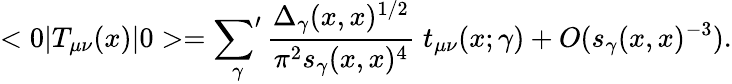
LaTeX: <0|T_{\mu\nu}(x)|0>=\mathop{{\sum}^{\prime}}_{\gamma}{\frac{\Delta_{\gamma}(x,x)^{1/2}}{\pi^{2}s_{\gamma}(x,x)^{4}}}\; t_{\mu\nu}(x;\gamma)+O(s_{\gamma}(x,x)^{-3}).